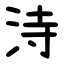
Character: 洔